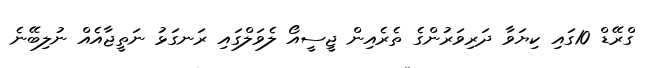
ގްރޭޑް 10ގައި ކިޔަވާ ދަރިވަރުންގެ ތެރެއިން ޖީސީއޯ ލެވަލްގައި ރަނގަޅު ނަތީޖާއެއް ނުލިބޭނެ